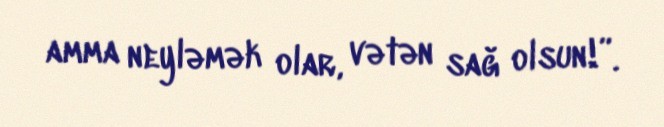
amma neyləmək olar, vətən sağ olsun!”.